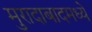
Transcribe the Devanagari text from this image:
मुरादाबादमध्ये